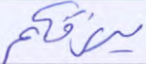
يرزقكم